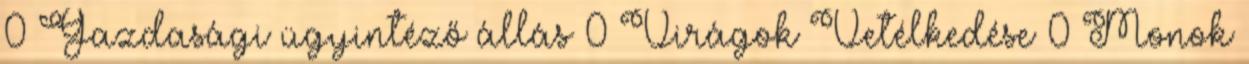
0 Gazdasági ügyintéző állás 0 Virágok Vetélkedése 0 Monok